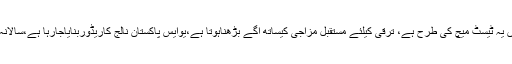
احسن اقبال نے کہا کہ ملکی ترقی ٹی ٹونٹی میچ نہیں یہ ٹیسٹ میچ کی طرح ہے، ترقی کیلئے مستقبل مزاجی کیساتھ آگے بڑھناہوتا ہے،یوایس پاکستان نالج کاریڈوربنایاجارہا ہے،سالانہ ایک ہزارپاکستانی امریکا سے پی ایچ ڈی کرینگی۔